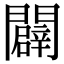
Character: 闢